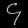
Digit: ၄